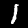
Digit: 1